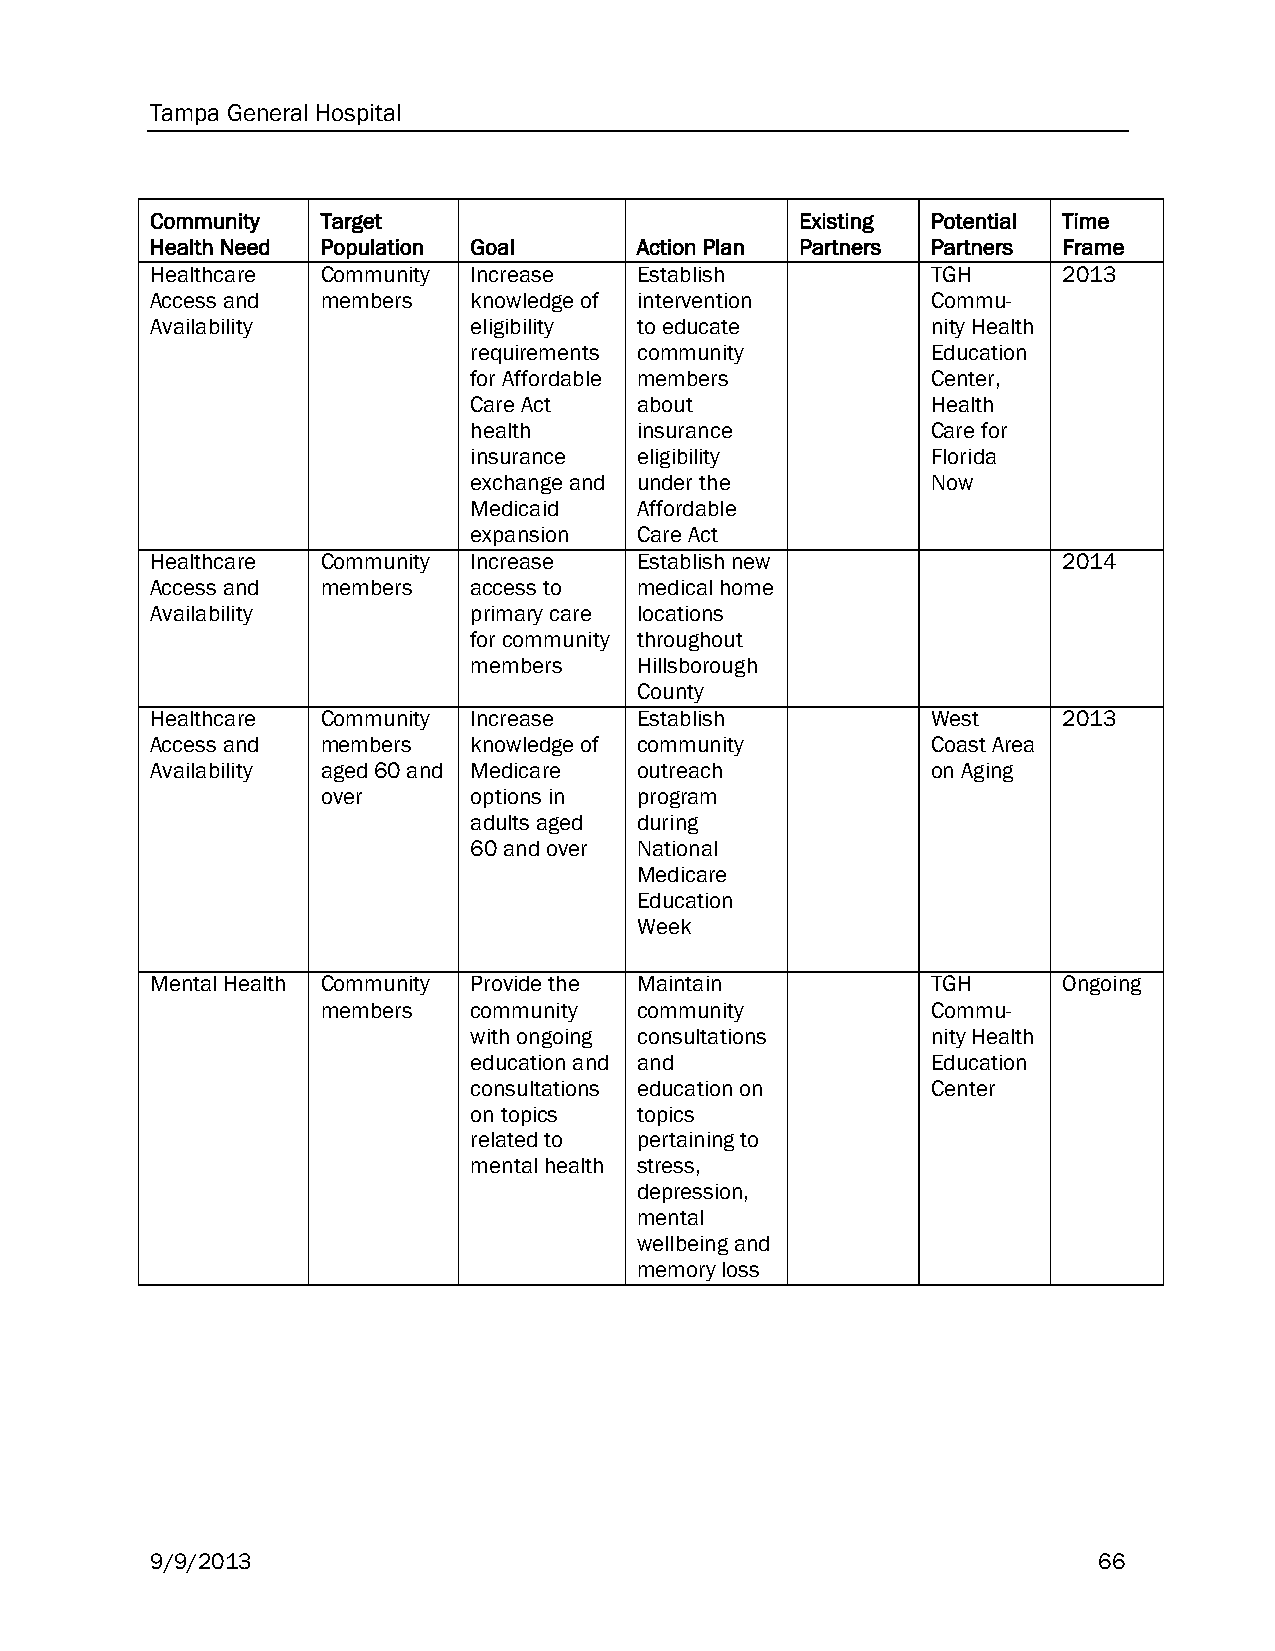
Tampa General Hospital
 Community  Target                          Existing Potential Time
 Health Need Population Goal     Action Plan Partners Partners Frame
 Healthcare Community Increase   Establish           TGH     2013
 Access and members   knowledge of intervention      Commu-
 Availability         eligibility to educate         nity Health
 requirements community         Education
 for Affordable members         Center,
 Care Act   about               Health
 health     insurance           Care for
 insurance  eligibility         Florida
 exchange and under the         Now
 Medicaid   Affordable
 expansion  Care Act
 Healthcare Community Increase   Establish new               2014
 Access and members   access to  medical home
 Availability         primary care locations
 for community throughout
 members    Hillsborough
 County
 Healthcare Community Increase   Establish           West    2013
 Access and members   knowledge of community         Coast Area
 Availability aged 60 and Medicare outreach          on Aging
 over      options in program
 adults aged during
 60 and over National
 Medicare
 Education
 Week
 Mental Health Community Provide the Maintain        TGH     Ongoing
 members   community  community           Commu-
 with ongoing consultations     nity Health
 education and and              Education
 consultations education on     Center
 on topics  topics
 related to pertaining to
 mental health stress,
 depression,
 mental
 wellbeing and
 memory loss
 9/9/2013                                                       66